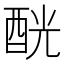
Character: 𨠵